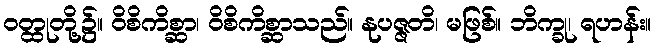
ဝတ္ထုတို့၌။ ဝိစိကိစ္ဆာ၊ ဝိစိကိစ္ဆာသည်။ နုပဇ္ဇတိ၊ မဖြစ်။ ဘိက္ခု၊ ရဟန်း။